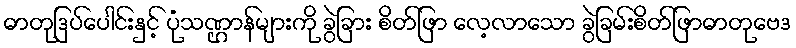
ဓာတုဒြပ်ပေါင်းနှင့် ပုံသဏ္ဌာန်များကို ခွဲခြား စိတ်ဖြာ လေ့လာသော ခွဲခြမ်းစိတ်ဖြာဓာတုဗေဒ